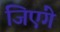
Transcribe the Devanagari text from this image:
जिएंगे